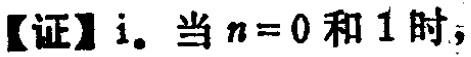
【证】i. 当 \(n = 0\) 和 \(1\) 时，